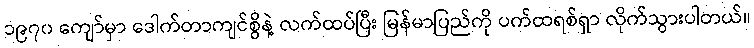
၁၉၇၀ ကျော်မှာ ဒေါက်တာကျင်စွိနဲ့ လက်ထပ်ပြီး မြန်မာပြည်ကို ပက်ထရစ်ရှာ လိုက်သွားပါတယ်။